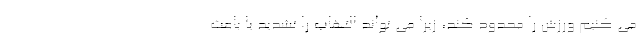
می کنیم ورزش را محدود کند، زیرا می تواند التهاب را تشدید یا باعث